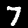
Digit: 7